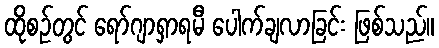
ထိုစဉ်တွင် ရော်ဂျာရှာရမီ ပေါက်ချလာခြင်း ဖြစ်သည်။